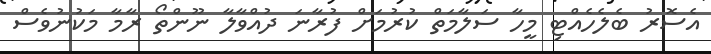
އެސޮރު ބެލެހެއްޓި މީހާ ސަލާމަތް ކުރުމަށް ފުރާނަ ދުއްވާލާ ނޫންތޯ ރާމާ މަކުނުވެސް